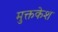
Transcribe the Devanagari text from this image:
मुक्तकेश